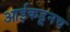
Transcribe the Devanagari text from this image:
आईकडूनच